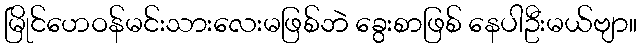
မြိုင်ဟေဝန်မင်းသားလေးမဖြစ်ဘဲ ခွေးစာဖြစ် နေပါဦးမယ်ဗျာ။